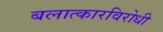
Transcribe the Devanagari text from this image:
बलात्कारविरोधी